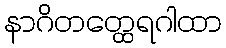
နာဂိတတ္ထေရဂါထာ